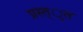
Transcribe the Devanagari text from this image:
प्रस्त्ुत